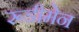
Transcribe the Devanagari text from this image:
रूडीमेन